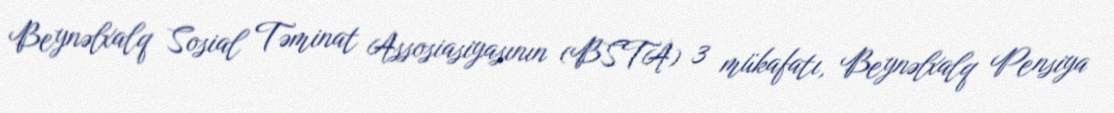
Beynəlxalq Sosial Təminat Assosiasiyasının (BSTA) 3 mükafatı, Beynəlxalq Pensiya